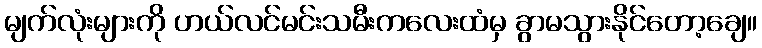
မျက်လုံးများကို ဟယ်လင်မင်းသမီးကလေးထံမှ ခွာမသွားနိုင်တော့ချေ။